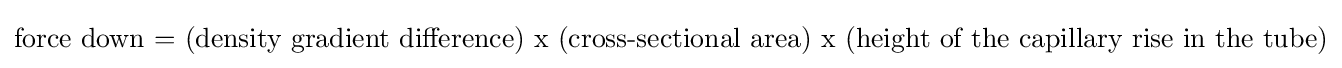
{\text{force down = (density gradient difference) x (cross-sectional area) x (height of the capillary rise in the tube)}}